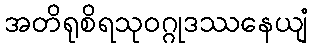
အတိရုစိရသုဝဂ္ဂုဒဿနေယျံ